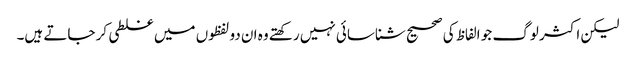
لیکن اکثر لوگ جو الفاظ کی صحیح شناسائی نہیں رکھتے وہ ان دو لفظوں میں غلطی کر جاتے ہیں۔